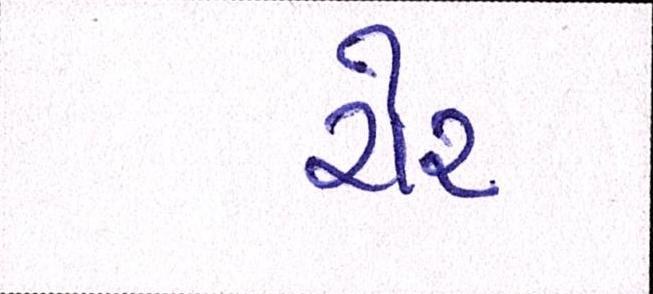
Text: ચેર